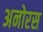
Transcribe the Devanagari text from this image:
अनोरस